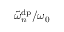
\tilde { \omega } _ { n } ^ { \mathrm { d p } } / \omega _ { 0 }